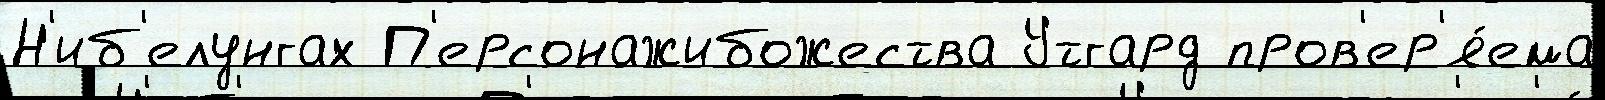
Н'иб'елунгах П'ерсонажибожества Утгард пров'ер'я́ема